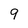
Character: 9